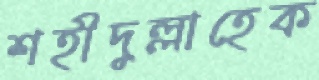
শহীদুল্লাহেক